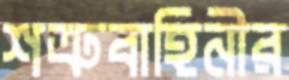
শত্রুবাহিনীর